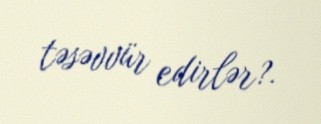
təsəvvür edirlər?.